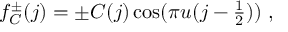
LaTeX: f _ { C } ^ { \pm } ( j ) = \pm C ( j ) \cos ( \pi u ( j - \textstyle \frac { 1 } { 2 } ) ) ~ ,